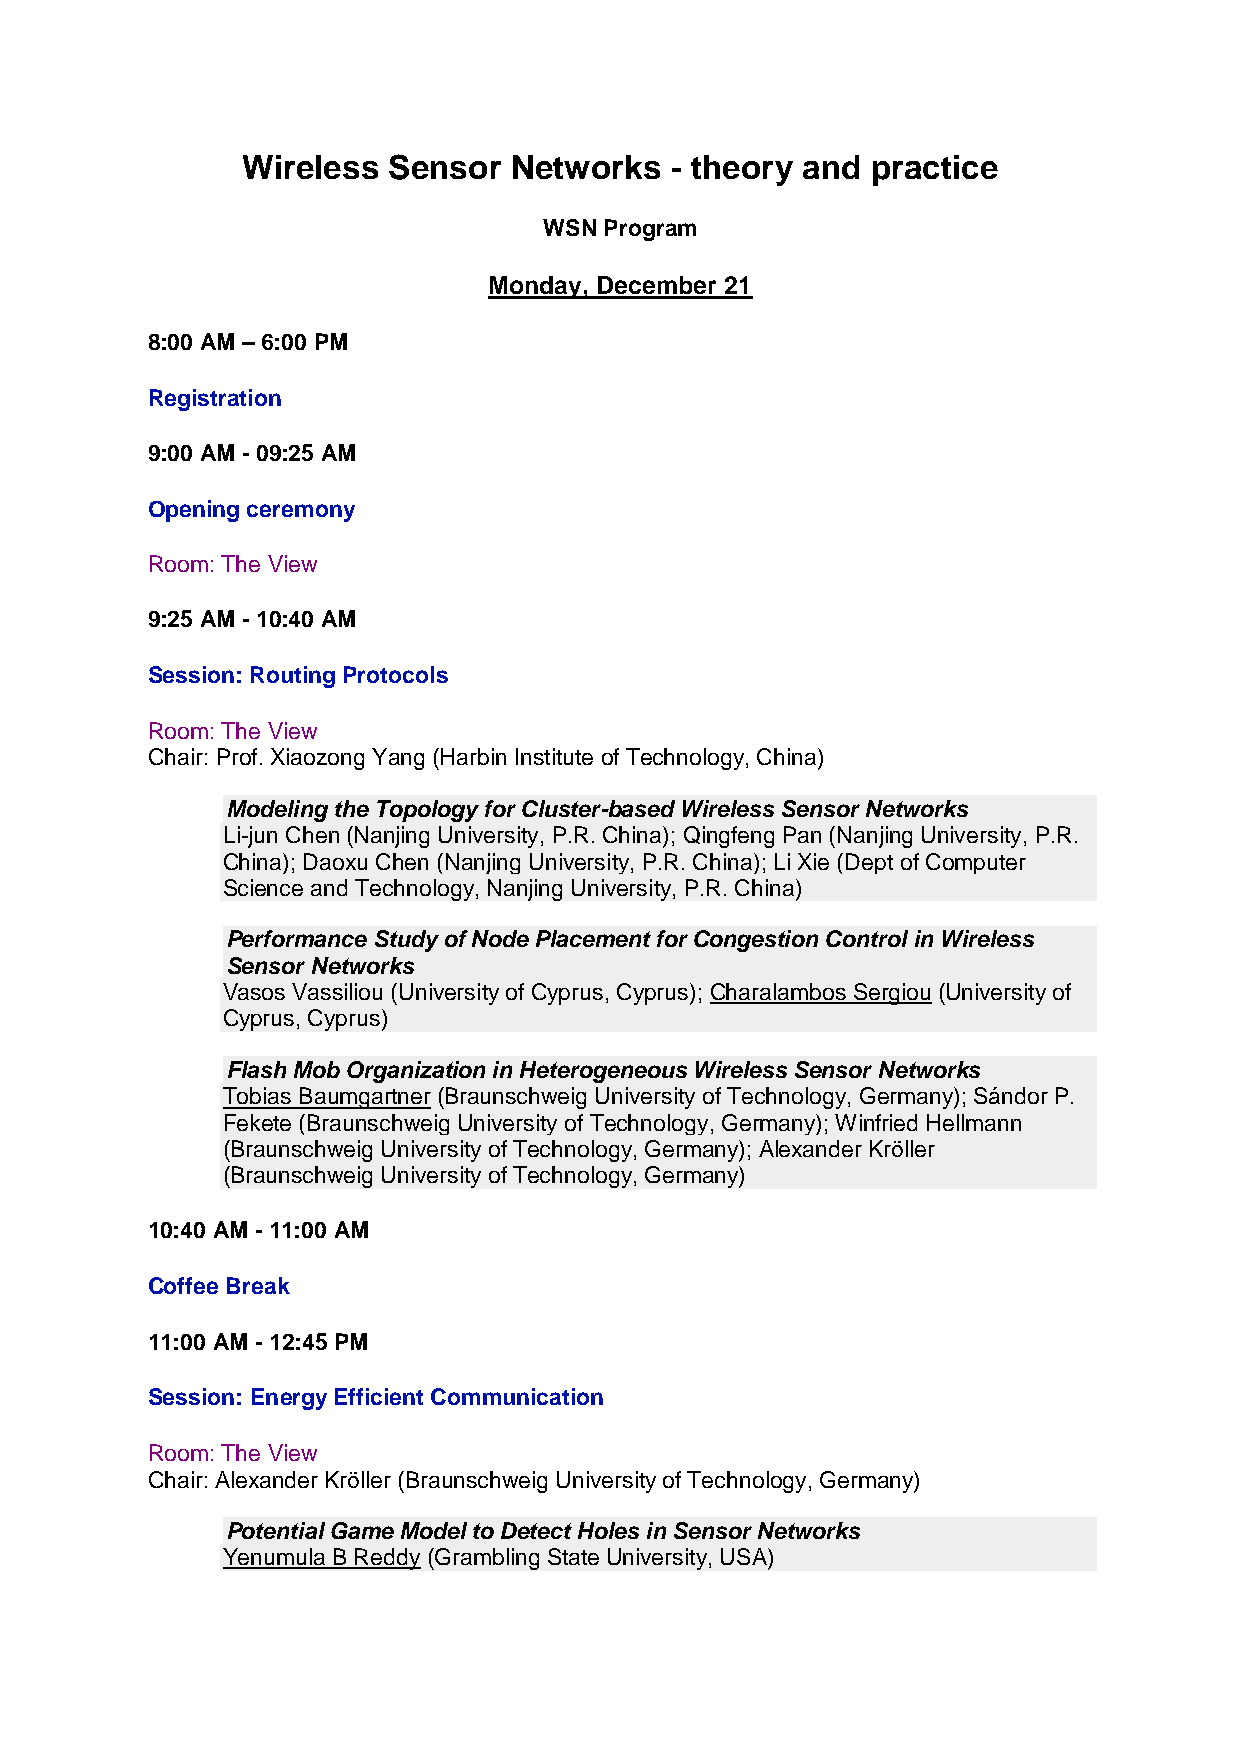
Wireless  Sensor  Networks  - theory and  practice
 WSN Program
 Monday, December 21
 8:00 AM – 6:00 PM
 Registration
 9:00 AM - 09:25 AM
 Opening ceremony
 Room: The View
 9:25 AM - 10:40 AM
 Session: Routing Protocols
 Room: The View
 Chair: Prof. Xiaozong Yang (Harbin Institute of Technology, China)
 Modeling the Topology for Cluster-based Wireless Sensor Networks
 Li-jun Chen (Nanjing University, P.R. China); Qingfeng Pan (Nanjing University, P.R.
 China); Daoxu Chen (Nanjing University, P.R. China); Li Xie (Dept of Computer
 Science and Technology, Nanjing University, P.R. China)
 Performance Study of Node Placement for Congestion Control in Wireless
 Sensor Networks
 Vasos Vassiliou (University of Cyprus, Cyprus); Charalambos Sergiou (University of
 Cyprus, Cyprus)
 Flash Mob Organization in Heterogeneous Wireless Sensor Networks
 Tobias Baumgartner (Braunschweig University of Technology, Germany); Sándor P.
 Fekete (Braunschweig University of Technology, Germany); Winfried Hellmann
 (Braunschweig University of Technology, Germany); Alexander Kröller
 (Braunschweig University of Technology, Germany)
 10:40 AM - 11:00 AM
 Coffee Break
 11:00 AM - 12:45 PM
 Session: Energy Efficient Communication
 Room: The View
 Chair: Alexander Kröller (Braunschweig University of Technology, Germany)
 Potential Game Model to Detect Holes in Sensor Networks
 Yenumula B Reddy (Grambling State University, USA)